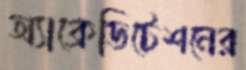
অ্যাক্রেডিটেশনের